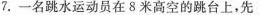
7.一名跳水运动员在8米高空的跳台上，先